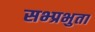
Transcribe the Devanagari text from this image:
सभ्प्रभुता